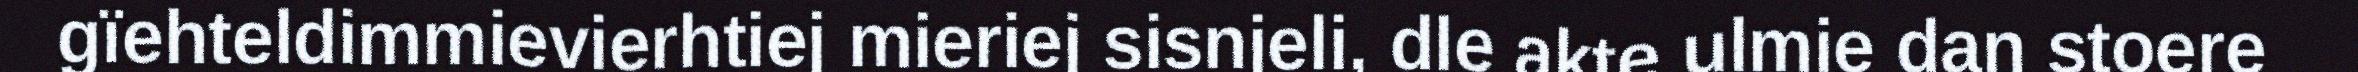
gïehteldimmievierhtiej mieriej sisnjeli, dle akte ulmie dan stoere